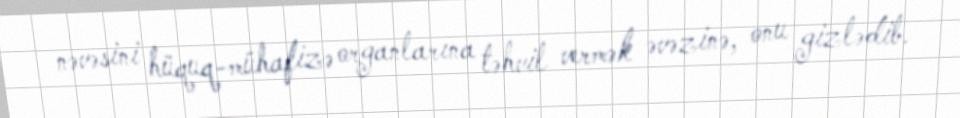
nəvəsini hüquq-mühafizə organlarına təhvil vermək əvəzinə, onu gizlədib.